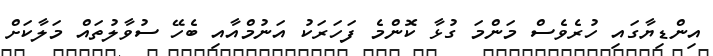
އިންޑިޔާގައި ހުރެވެސް މަންމަ ގުޅާ ކޮންމެ ފަހަރަކު އަނުމްއާއި ބެހޭ ސުވާލުތައް މަލާކަށް